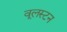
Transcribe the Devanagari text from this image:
वूलस्टन